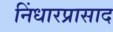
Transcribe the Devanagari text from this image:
निंधारप्रासाद